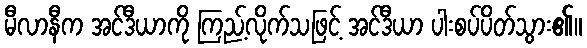
မီလာနီက အင်ဒီယာကို ကြည့်လိုက်သဖြင့် အင်ဒီယာ ပါးစပ်ပိတ်သွား၏။